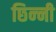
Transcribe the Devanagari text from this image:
छिन्‍नी